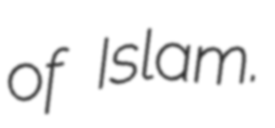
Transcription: of Islam.